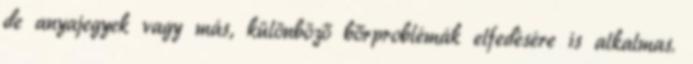
de anyajegyek vagy más, különböző bőrproblémák elfedésére is alkalmas.